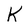
Character: K